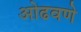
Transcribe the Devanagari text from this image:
ओढवणे